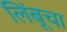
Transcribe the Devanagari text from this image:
लिंबूचा